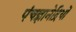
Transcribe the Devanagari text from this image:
पंचज्ञानेद्रियों